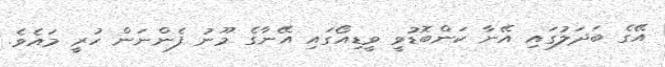
އޭގެ ބަދަލުގައި އޭނާ ކަންބޮޑުވީ ވީޑިއޯގައި އޭނާގެ މޫނު ފެންނަން ހުރީ މައެވެ.